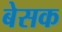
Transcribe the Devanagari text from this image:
बेसक